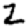
Digit: 2